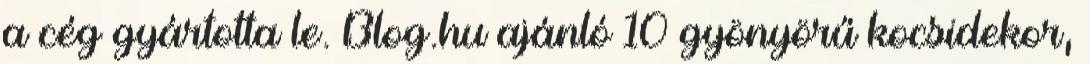
a cég gyártotta le. Blog.hu ajánló 10 gyönyörű kocsidekor,